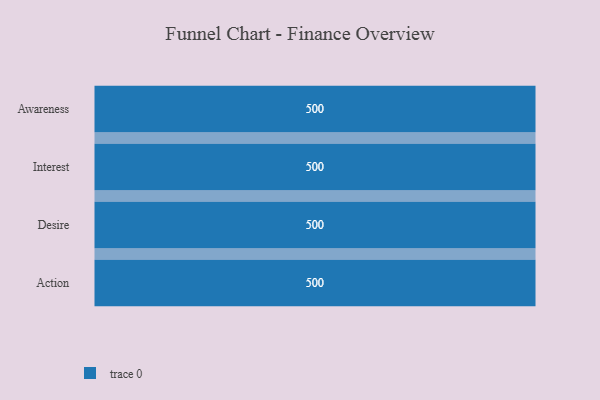
{"axis": {"x": "Stage", "y": "Value"}, "legend": [""], "data": [{"x": "Awareness", "y": 500, "type": ""}, {"x": "Interest", "y": 500, "type": ""}, {"x": "Desire", "y": 500, "type": ""}, {"x": "Action", "y": 500, "type": ""}]}